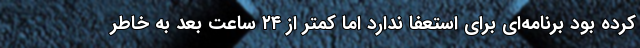
کرده بود برنامه‌ای برای استعفا ندارد اما کمتر از ۲۴ ساعت بعد به خاطر